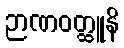
ဉာဏဝတ္ထူနိ